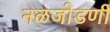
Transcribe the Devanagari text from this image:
नळजोडणी